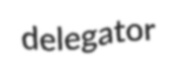
delegator